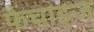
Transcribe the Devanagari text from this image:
फैंचाइज